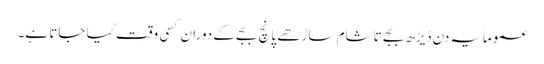
عموماً یہ دن ڈیڑھ بجے تا شام ساڑھے پانچ بجے کے دوران کسی وقت کیا جاتا ہے۔